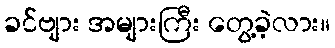
ခင်ဗျား အများကြီး တွေ့ခဲ့လား။